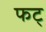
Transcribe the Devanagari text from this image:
फट्